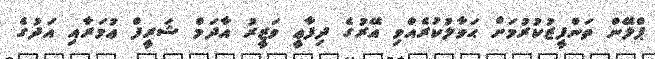
ޕްލޭން ތަންފީޒުކުރުމަށް ޙަވާލުކުރެއްވި އޭރުގެ ދިފާޢީ ވަޒީރު އާދަމް ޝަރީފް ޢުމަރާއި އަދުގެ